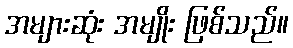
အများဆုံး အမျိုး ဖြစ်သည်။